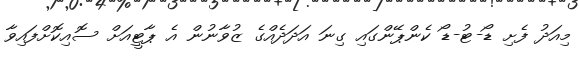
މިއަދު ފެށި ޑޯ-ޓު-ޑޯ ކެންޕޭންގައި ގިނަ އަދަދެއްގެ ޒުވާނުން އެ ޕާޓީއަށް ސޮއިކޮށްފައިވާ